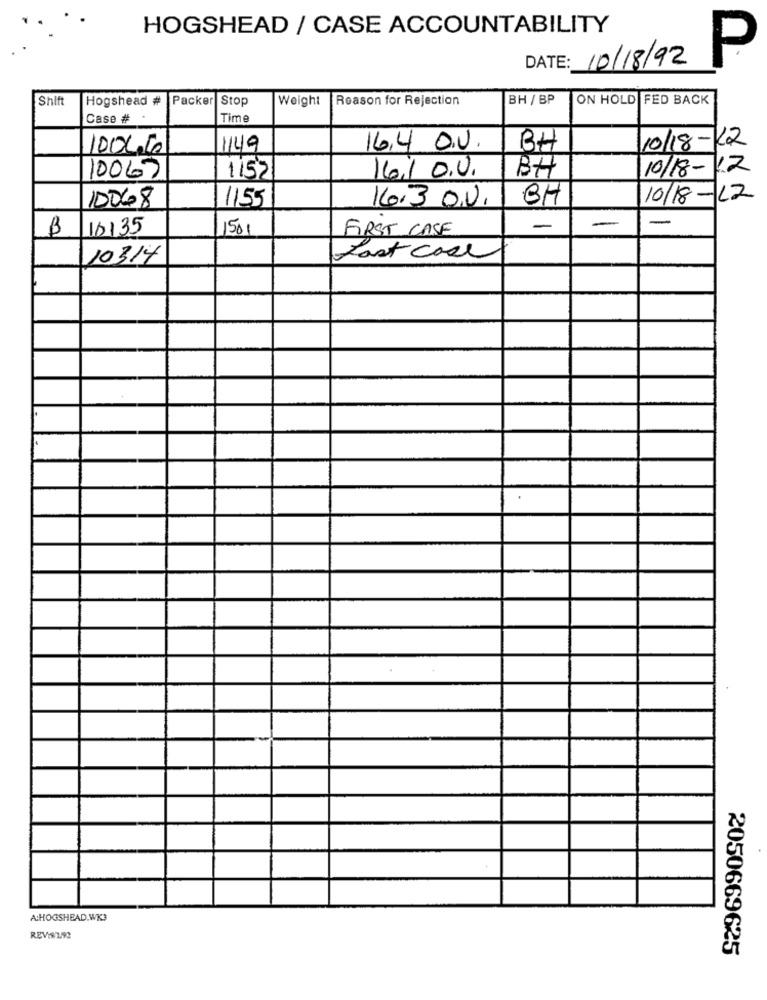
HOGSHEAD / CASE ACCOUNTABILITY
DATE: 10/18/92
P
Shift
Hogshead #
Packer
Stop
Weight
Reason for Rejection
BH / BP
ON HOLD FED BACK
Case #
Time
10/18-22
10046
1149
16.4 O.V.
BH
10/18-12
10063
1152
16.1 0.0.
BH
10068
1155
16.3 O.U.
BH
10/18-12
-
B
10135
1501
FIRST CASE
-
-
10314
Last Call
A:HOGSHEAD.WK3
REVIS1992
2050669625